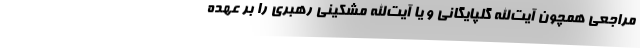
مراجعی همچون آیت‌الله گلپایگانی و یا آیت‌الله مشکینی رهبری را بر عهده